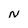
Character: N